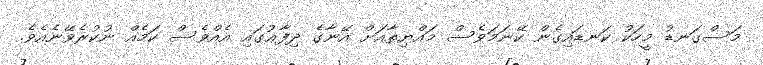
މަސްގަނޑު މީހަކު ކަނޑައިގެން ކޭނަމަވެސް މައްޔިތާއަށް އޭނާގެ ދިފާޢުގައި އެއްވެސް ކަމެއް ނުކުރެވޭނެއެވެ.